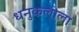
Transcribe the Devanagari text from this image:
धनुकलीला